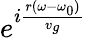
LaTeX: e^{i\frac{r(\omega-{\omega_{0}})}{v_{g}}}